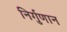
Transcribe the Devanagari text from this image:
निर्गुणान